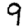
Digit: 9